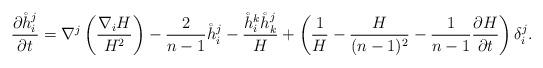
LaTeX: \begin{align*}\frac{\partial \mathring{h}_i^j}{\partial t}=\nabla^j\left(\frac{\nabla_iH}{H^2} \right)-\frac{2}{n-1}\mathring{h}^j_i-\frac{\mathring{h}^k_i\mathring{h}^j_k}{H}+\left(\frac{1}{H}-\frac{H}{(n-1)^2}-\frac{1}{n-1}\frac{\partial H}{\partial t}\right)\delta_i^j.\end{align*}